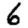
Digit: 6